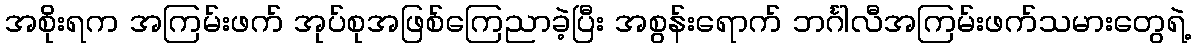
အစိုးရက အကြမ်းဖက် အုပ်စုအဖြစ်ကြေညာခဲ့ပြီး အစွန်းရောက် ဘင်္ဂါလီအကြမ်းဖက်သမားတွေရဲ့